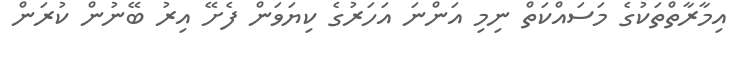
އިމާރާތްތަކުގެ މަސައްކަތް ނިމި އަންނަ އަހަރުގެ ކިޔަވަން ފެށޭ އިރު ބޭނުން ކުރަން